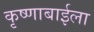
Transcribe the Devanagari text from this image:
कृष्णाबाईला